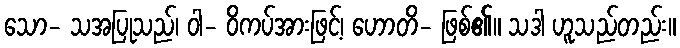
သော- သအပြုသည်၊ ဝါ- ဝိကပ်အားဖြင့်၊ ဟောတိ- ဖြစ်၏။ သဒါ ဟူသည်တည်း။